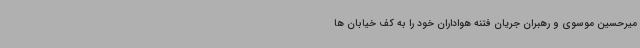
میرحسین موسوی و رهبران جریان فتنه هواداران خود را به کف خیابان ها